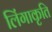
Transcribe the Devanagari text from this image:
लिंगाकृति